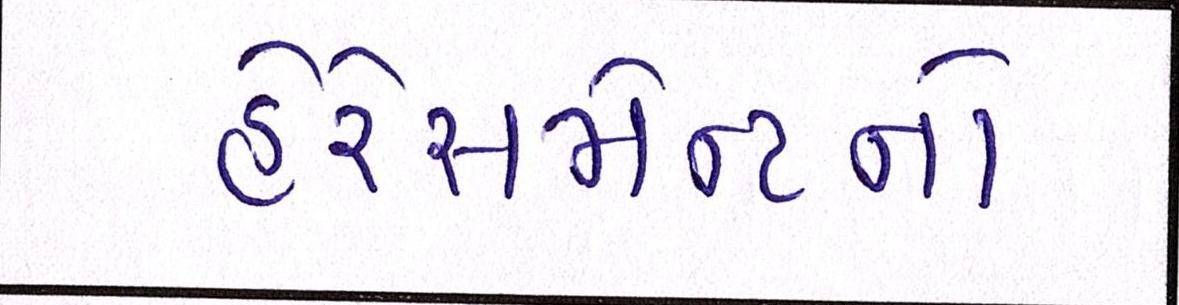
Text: હેરેસમેન્ટનો